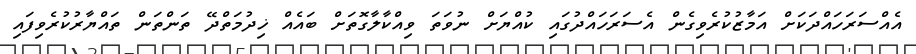
އެއްސަރަހައްދަކަށް އަމާޒުކުރެވިގެން އެސަރަހައްދުގައި ކުއްޔަށް ނުވަތަ ވިއްކާލާގޮތަށް ބައެއް ޚިދުމަތްދޭ ތަންތަން ތައްޔާރުކުރެވިފައި